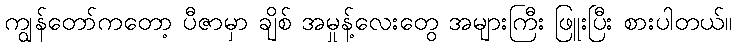
ကျွန်တော်ကတော့ ပီဇာမှာ ချိစ် အမှုန့်လေးတွေ အများကြီး ဖြူးပြီး စားပါတယ်။